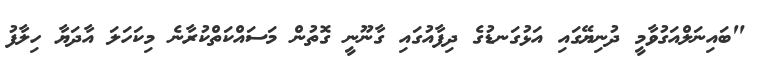
"ބައިނަލްއަގުވާމީ ދުނިޔޭގައި އަޅުގަނޑުގެ ދިފާއުގައި ގާނޫނީ ގޮތުން މަސައްކަތްކުރާނެ މިކަހަލަ އާދަޔާ ހިލާފު